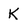
Character: K